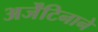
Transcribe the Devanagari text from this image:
अर्जेंटिनाने